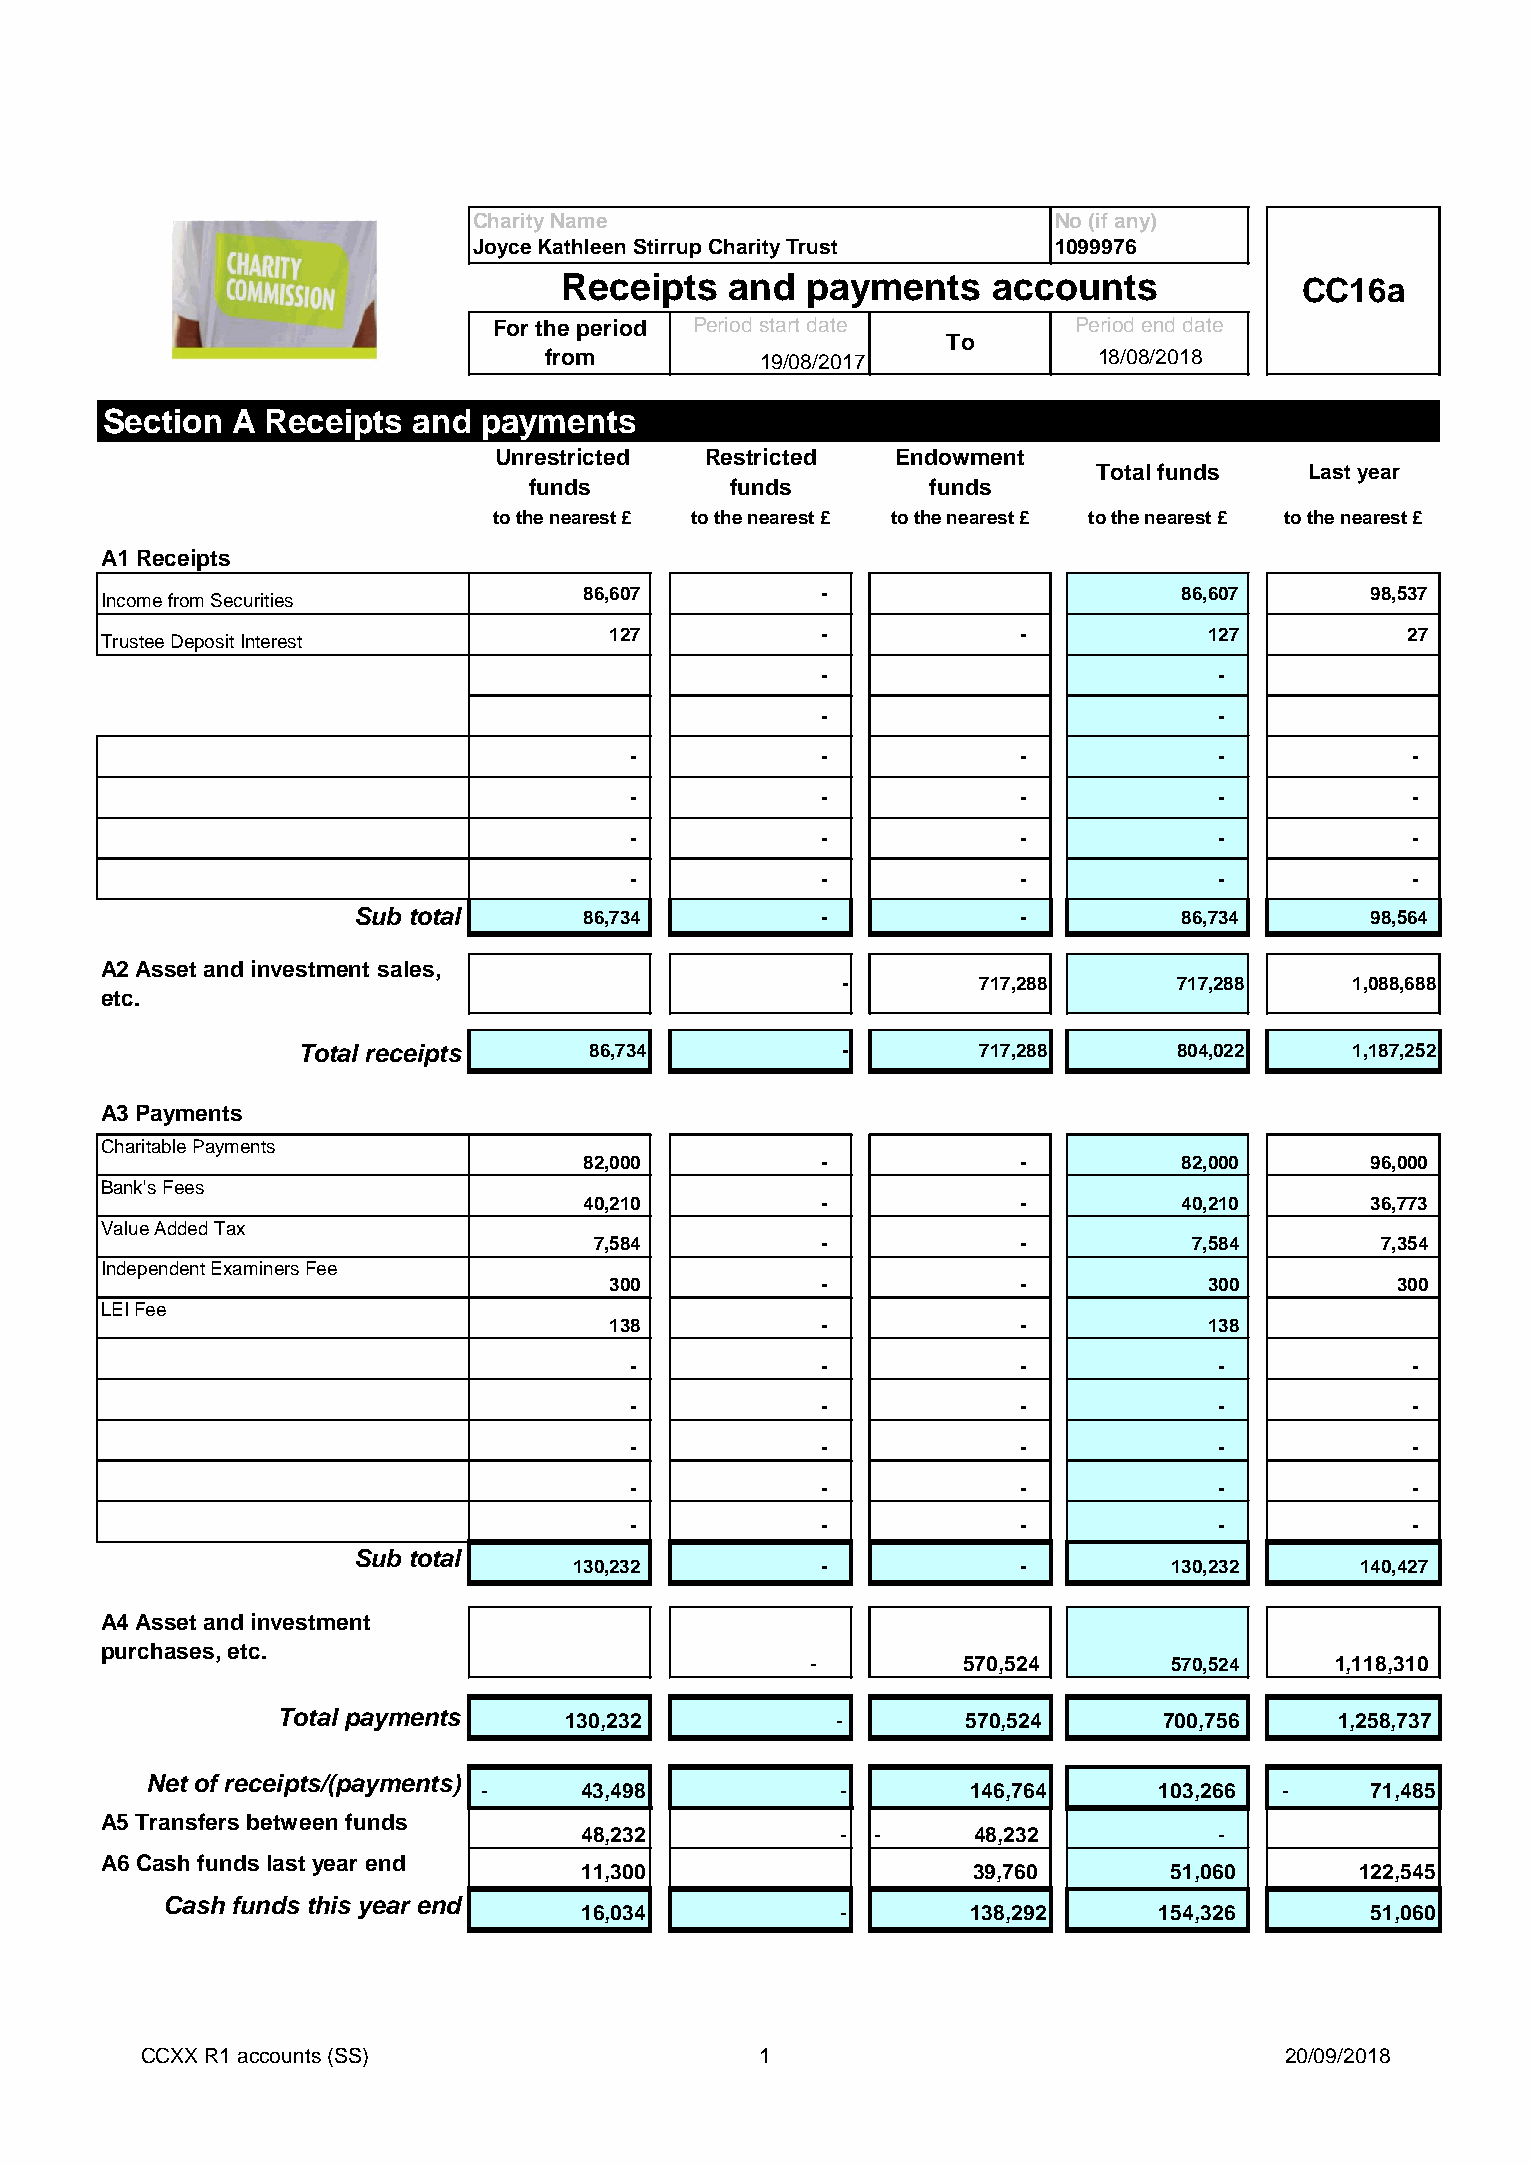
Charity Name                           No (if any)
 Joyce Kathleen Stirrup Charity Trust   1099976
 Receipts   and  payments     accounts            CC16a
 For the period Period start date      Period end date
 To
 from          19/08/2017             18/08/2018
 Section A  Receipts and  payments
 Unrestricted  Restricted  Endowment
 Total funds   Last year
 funds        funds         funds
 to the nearest £ to the nearest £ to the nearest £ to the nearest £ to the nearest £
 A1 Receipts
 86,607         -                       86,607       98,537
 Income from Securities
 127           -             -           127          27
 Trustee Deposit Interest
 -                          -
 -                          -
 -           -             -            -           -
 -           -             -            -           -
 -           -             -            -           -
 -           -             -            -           -
 Sub total       86,734         -             -         86,734       98,564
 A2 Asset and investment sales,
 -        717,288      717,288    1,088,688
 etc.
 Total receipts     86,734           -        717,288      804,022    1,187,252
 A3 Payments
 Charitable Payments
 82,000         -             -         82,000       96,000
 Bank's Fees
 40,210         -             -         40,210       36,773
 Value Added Tax
 7,584          -             -          7,584       7,354
 Independent Examiners Fee
 300           -             -           300         300
 LEI Fee
 138           -             -           138
 -           -             -            -           -
 -           -             -            -           -
 -           -             -            -           -
 -           -             -            -           -
 -           -             -            -           -
 Sub total
 130,232         -             -        130,232      140,427
 A4 Asset and investment
 purchases, etc.
 -         570,524      570,524    1,118,310
 Total payments     130,232           -        570,524      700,756     1,258,737
 Net of receipts/(payments)
 -     43,498            -       146,764      103,266 -     71,485
 A5 Transfers between funds
 48,232           - -     48,232           -
 A6 Cash funds last year end
 11,300                   39,760        51,060      122,545
 Cash funds this year end
 16,034           -       138,292      154,326       51,060
 CCXX R1 accounts (SS)                    1                                  20/09/2018